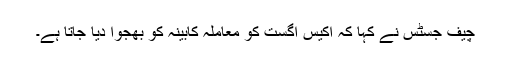
چیف جسٹس نے کہا کہ اکیس اگست کو معاملہ کابینہ کو بھجوا دیا جاتا ہے۔